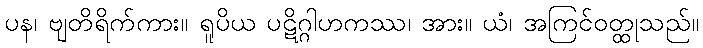
ပန၊ ဗျတိရိက်ကား။ ရူပိယ ပဋိဂ္ဂါဟကဿ၊ အား။ ယံ၊ အကြင်ဝတ္ထုသည်။